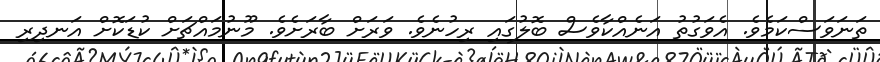
ތަނަވަސްކަމެވެ. އެވަގުތު އަނެއްކާވެސް ބޮލުގައި ރިހުނެވެ. ވަރަށް ބާރަށެވެ. މޫނުމައްޗަށް ކުޑަކޮށް އަނދިރި